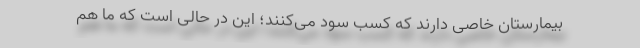
بیمارستان خاصی دارند که کسب سود می‌کنند؛ این در حالی است که ما هم